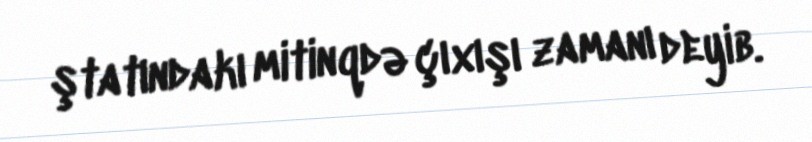
ştatındakı mitinqdə çıxışı zamanı deyib.